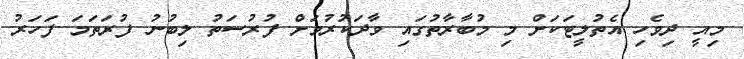
މިއީ ދިވެހި އެތުލީޓަކަށް މި މުބާރާތުގައި ވާދަކުރުމަށް ފުރުސަތު ލިބުނު ފުރަތަމަ ފަހަރު